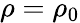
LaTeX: \rho=\rho_{0}